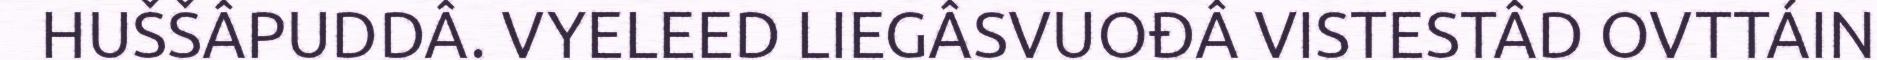
HUŠŠÂPUDDÂ. VYELEED LIEGÂSVUOĐÂ VISTESTÂD OVTTÁIN